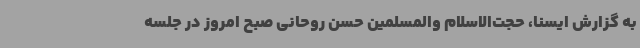
به گزارش ایسنا،‌ حجت‌الاسلام والمسلمین حسن روحانی صبح امروز در جلسه